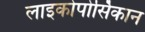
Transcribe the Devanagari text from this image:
लाइकोपोर्सिकान